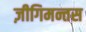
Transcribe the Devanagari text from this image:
ज़ीगिमन्तस